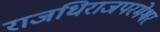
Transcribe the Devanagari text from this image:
राजधिराजपरमेश्वर